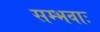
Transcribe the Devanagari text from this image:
सम्भवाः